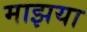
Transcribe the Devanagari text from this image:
माझया